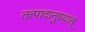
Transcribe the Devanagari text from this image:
तत्पादानुध्यात्